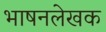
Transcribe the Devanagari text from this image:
भाषनलेखक